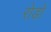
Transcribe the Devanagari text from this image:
रोडो